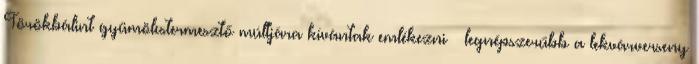
Törökbálint gyümölcstermesztő múltjára kívántak emlékezni – legnépszerűbb a lekvárverseny